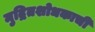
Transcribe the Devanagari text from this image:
मुद्रितशोधकाची